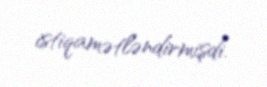
istiqamətləndirmişdi.